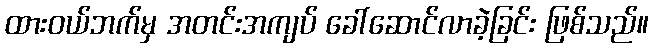
ထားဝယ်ဘက်မှ အတင်းအကျပ် ခေါ်ဆောင်လာခဲ့ခြင်း ဖြစ်သည်။